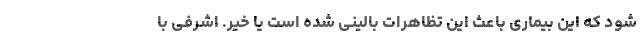
شود که این بیماری باعث این تظاهرات بالینی شده است یا خیر. اشرفی با